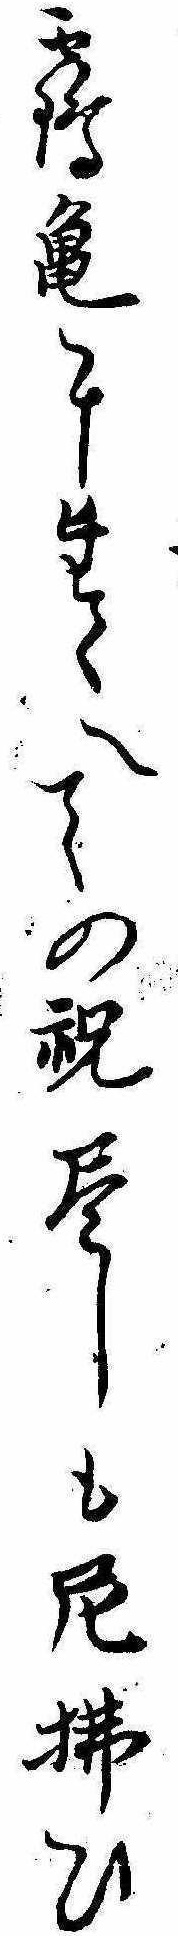
鶴亀にたくへての祝尽しも厄払ひ